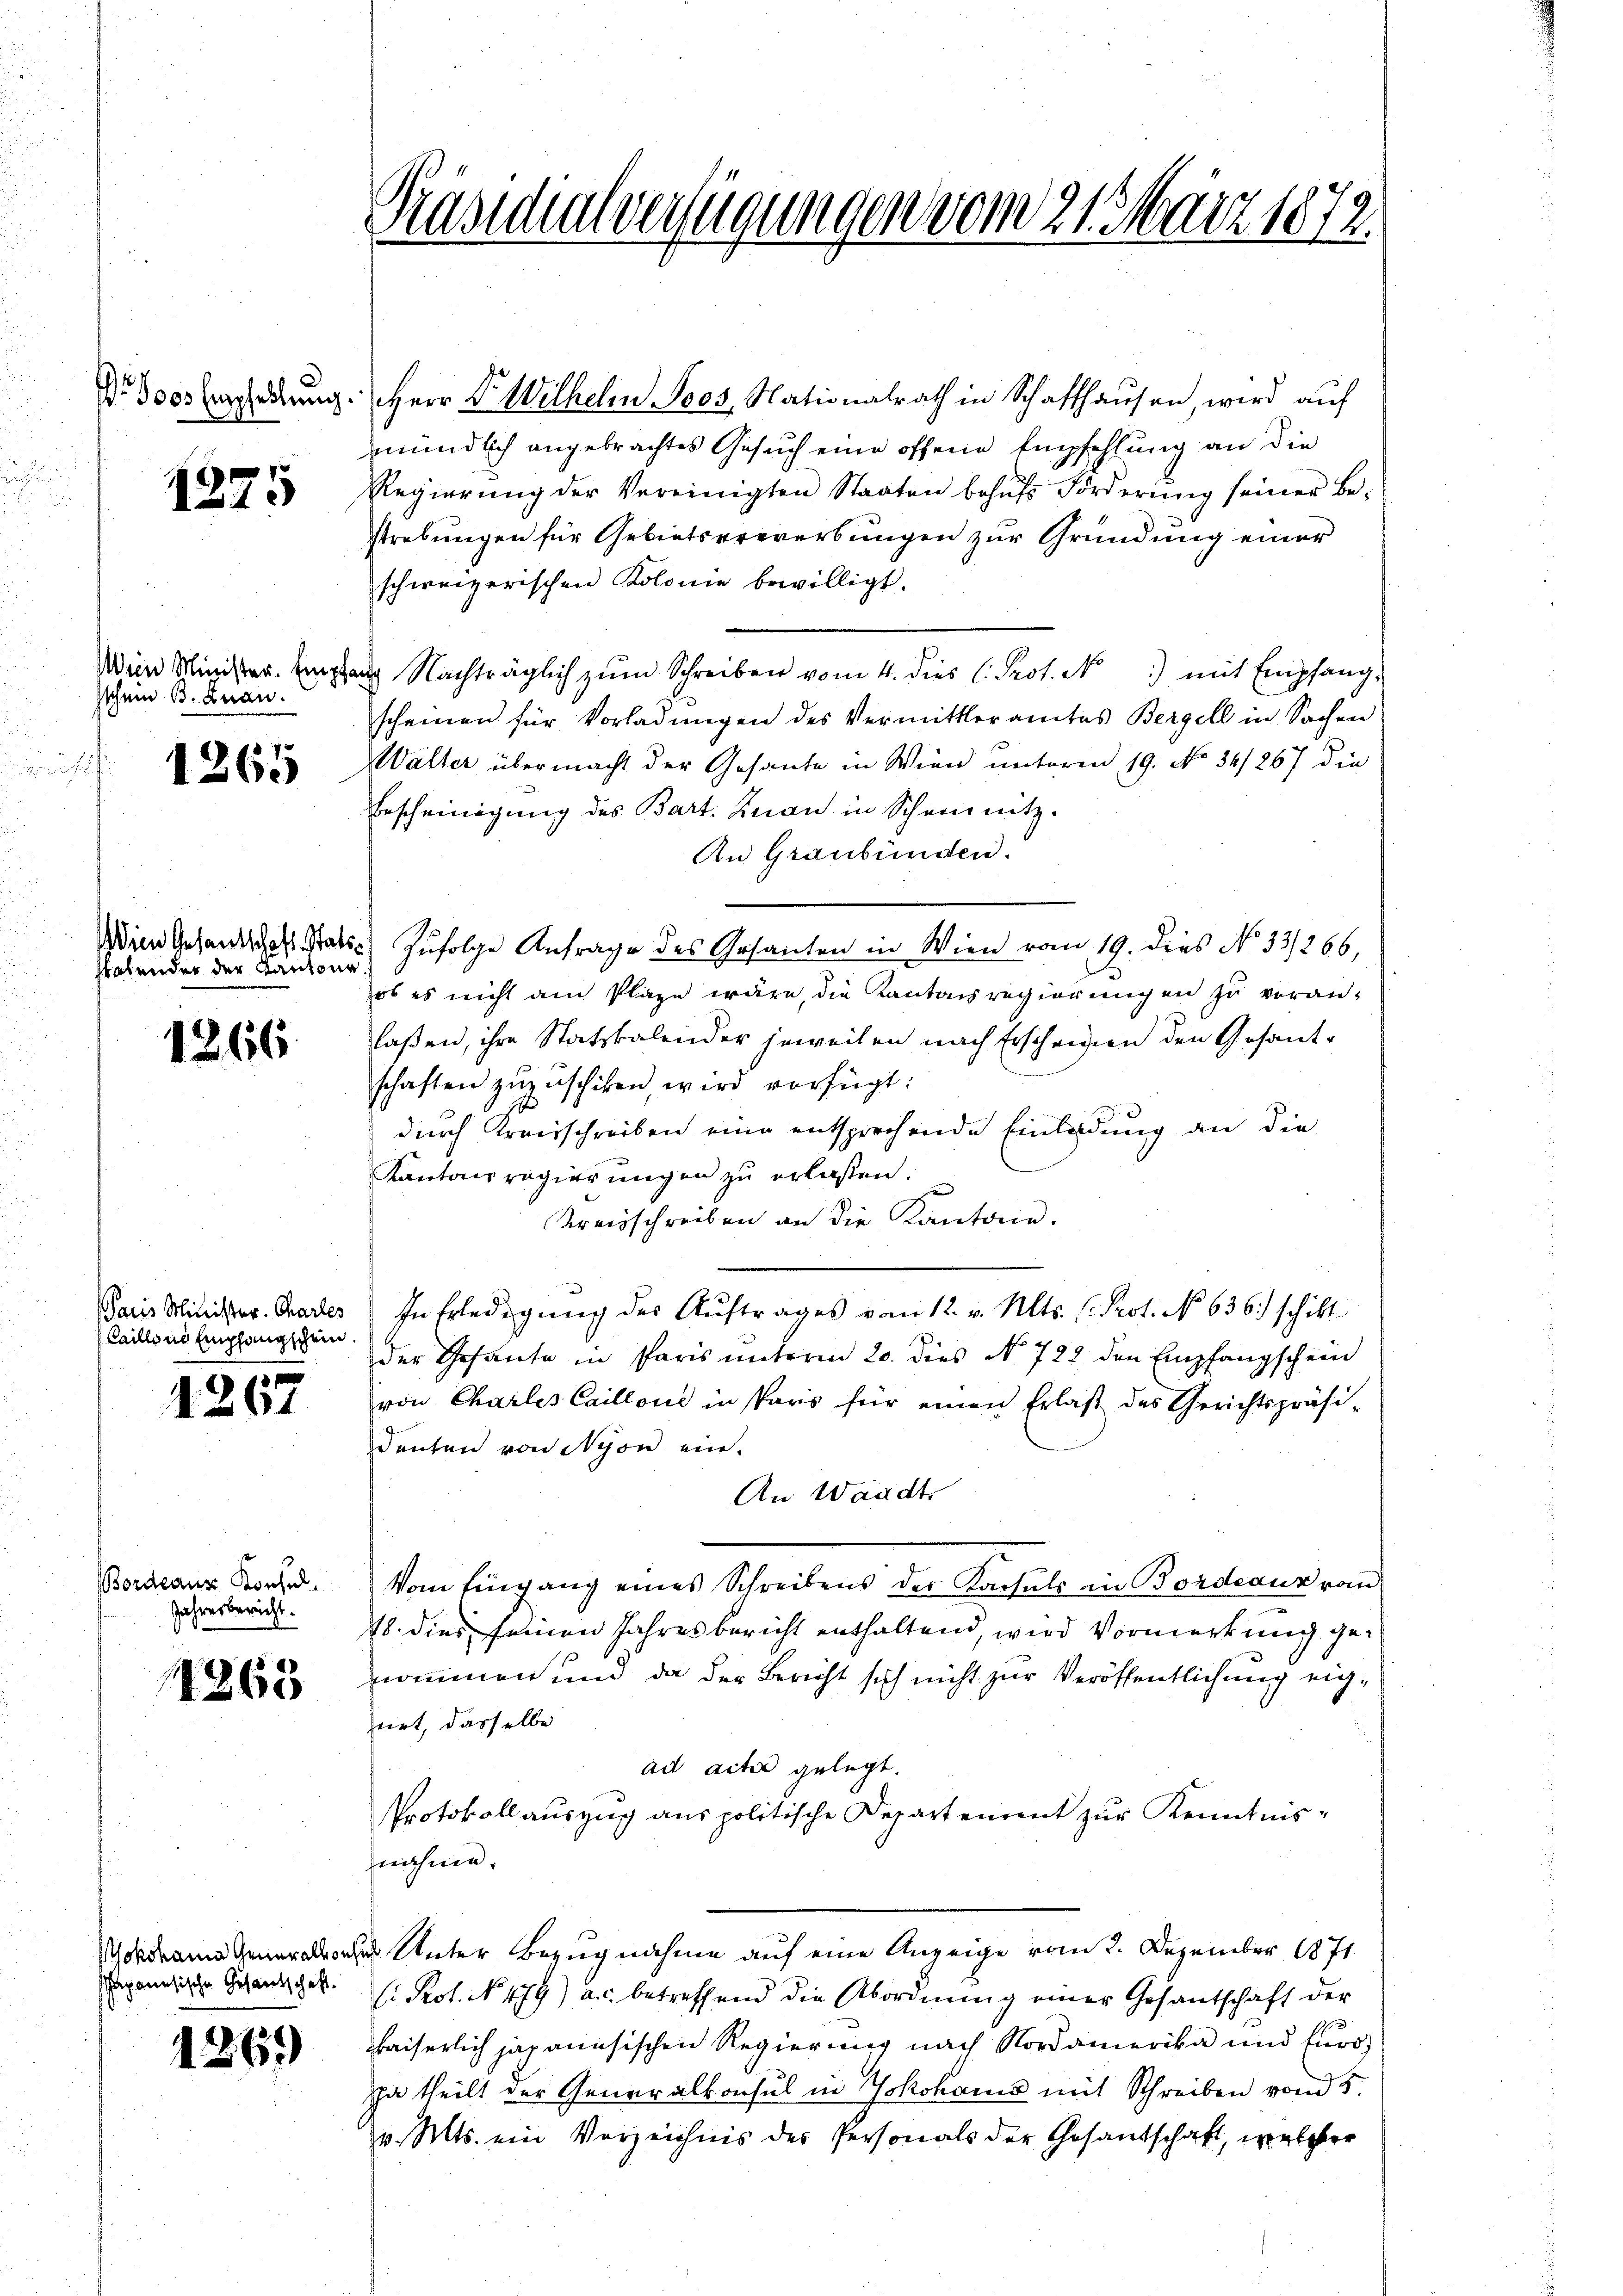
Nr. 1000 Empfehlung.

1375

Wein Minister. Empfa
sschein B. Znau.

1265

Wien Gesandschaft Stattsatender der Kantona

1866.

Paris Minister. Chartes
Cailloni Empfangschein.

1267

Bordeaus Konsul
Jahresbericht.

4363

a

okohama Generalkons
chapanesische Gesandtschaft.

1261)

Präsidialverfügungen vom 21. März 1873.

Herr Dr. Wilhelm Sees, Nationalrath in Schaffhaŭsen, wird auf
mündlich angebrachtes Gesuch eine offene Empfehlung an die
Regierŭng der Vereinigten Staaten behŭfs Förderŭng seiner Be-
strebungen für Gebietserwerbungen zur Gründung einer
schweizerischen Kolonie bewilligt.
Nachträglich zŭm Schreiben vom 4. dies C. Prot. No 1) mit Empfang-
scheinen für Vorladungen des Vermittleramtes Bergell in Sachen
Wälter übermacht der Gesante in Wien unterm 19. No 34/267 die
Bescheinigung des Bart. Knau in Scheintz.
An Graubünden.
Zufolge Anfrage des Gesanten in Wien vom 19. dies No 33/266,
ob es nicht am Plaze wäre, die Kantonsregierungen zu voranlaßen, ihre Statzkalender jeweilen nach Erscheinen den Gesandschaften zuzuschiken wird verfügt:
durch Kreisschreiben eine entsprechende Einladung an die
Kantonsregierungen zu erlaßen.
Kreisschreiben an die Kantone.
In Erledigung des Auftrages vom 12. v. Mts. C. Prot. No 636.) schikt
der Gesante in Paris unterm 20. dies No 722 den Empfangschein
von Charles Caillone in spars für einen Erlaβ des Gerichtspräsi-
deuten von Nyon ein.
An Waadt
vom Eingang eines Schreibens der Konsuls an Bordeaux von
18. dies seinen Jahresbericht enthaltend, wird Vormerkung genommen und da der Bericht sich nicht zur Veröffentlichung eigirt, dasselbe
ad acta gelegt.
Protokoll auszug aus politische Departement zur Kenntnisneichnen.
 Unter Bezugnahme auf eine Anzeige vom 2. Dezember 1871
(: Prof. No. 479) a.c. betreffend die Abordnŭng einer Gesantschaft der
kaiserlich japanisischen Regierung nach Nordamerika und furs
ja theilt der Generalkonsul in Yokohams mit Schreiben von 5.
v. Mts. ein Verzeichnis des Personals der Gesandschaft, welcher